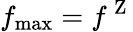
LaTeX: f_{\mathrm{max}}=f^{\mathrm{~Z~}}